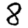
Digit: 8